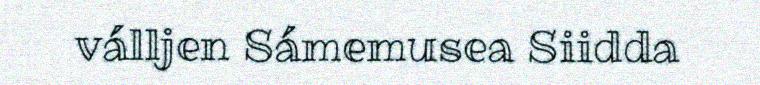
válljen Sámemusea Siidda